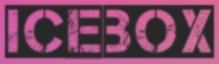
ICEBOX